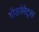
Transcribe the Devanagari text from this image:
गौडपेरेंट्स